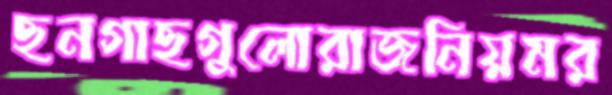
ছনগাছগুলোরাজনিয়মর